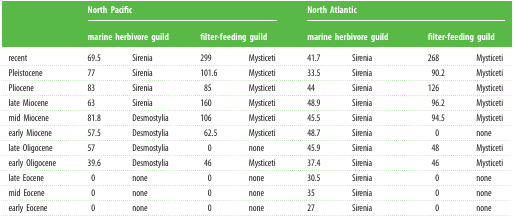
<table><thead><tr><td></td><td colspan="4"><b>North Pacific</b></td><td colspan="4"><b>North Atlantic</b></td></tr><tr><td></td><td colspan="2"><b>marine herbivore guild</b></td><td colspan="2"><b>filter-feeding guild</b></td><td colspan="2"><b>marine herbivore guild</b></td><td colspan="2"><b>filter-feeding guild</b></td></tr></thead><tbody><tr><td>recent</td><td>69.5</td><td>Sirenia</td><td>299</td><td>Mysticeti</td><td>41.7</td><td>Sirenia</td><td>268</td><td>Mysticeti</td></tr><tr><td>Pleistocene</td><td>77</td><td>Sirenia</td><td>101.6</td><td>Mysticeti</td><td>33.5</td><td>Sirenia</td><td>90.2</td><td>Mysticeti</td></tr><tr><td>Pliocene</td><td>83</td><td>Sirenia</td><td>85</td><td>Mysticeti</td><td>44</td><td>Sirenia</td><td>126</td><td>Mysticeti</td></tr><tr><td>late Miocene</td><td>63</td><td>Sirenia</td><td>160</td><td>Mysticeti</td><td>48.9</td><td>Sirenia</td><td>96.2</td><td>Mysticeti</td></tr><tr><td>mid Miocene</td><td>81.8</td><td>Desmostylia</td><td>106</td><td>Mysticeti</td><td>45.5</td><td>Sirenia</td><td>94.5</td><td>Mysticeti</td></tr><tr><td>early Miocene</td><td>57.5</td><td>Desmostylia</td><td>62.5</td><td>Mysticeti</td><td>48.7</td><td>Sirenia</td><td>0</td><td>none</td></tr><tr><td>late Oligocene</td><td>57</td><td>Desmostylia</td><td>0</td><td>none</td><td>45.9</td><td>Sirenia</td><td>48</td><td>Mysticeti</td></tr><tr><td>early Oligocene</td><td>39.6</td><td>Desmostylia</td><td>46</td><td>Mysticeti</td><td>37.4</td><td>Sirenia</td><td>46</td><td>Mysticeti</td></tr><tr><td>late Eocene</td><td>0</td><td>none</td><td>0</td><td>none</td><td>30.5</td><td>Sirenia</td><td>0</td><td>none</td></tr><tr><td>mid Eocene</td><td>0</td><td>none</td><td>0</td><td>none</td><td>35</td><td>Sirenia</td><td>0</td><td>none</td></tr><tr><td>early Eocene</td><td>0</td><td>none</td><td>0</td><td>none</td><td>27</td><td>Sirenia</td><td>0</td><td>none</td></tr></tbody></table>